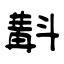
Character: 斠